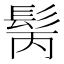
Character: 𩬝